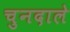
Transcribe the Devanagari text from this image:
चुनदाले